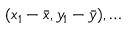
( x _ { 1 } - { \bar { x } } , y _ { 1 } - { \bar { y } } ) , \dots